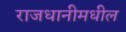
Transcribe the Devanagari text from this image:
राजधानीमधील